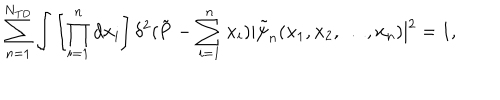
\sum _ { n = 1 } ^ { N _ { \mathrm { T D } } } \int \left[ \prod _ { i = 1 } ^ { n } d { \bf x } _ { i } \right] \delta ^ { 2 } ( \tilde { { \bf P } } - \sum _ { i = 1 } ^ { n } { \bf x } _ { i } ) | \tilde { \psi } _ { n } ( { \bf x } _ { 1 } , { \bf x } _ { 2 } , \dots , { \bf x } _ { n } ) | ^ { 2 } = 1 ,